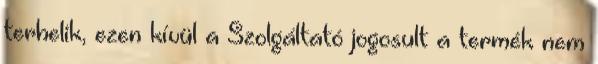
terhelik, ezen kívül a Szolgáltató jogosult a termék nem